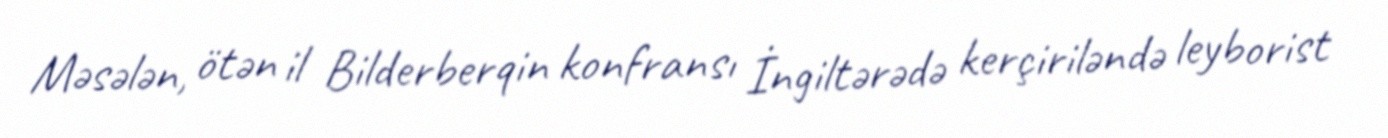
Məsələn, ötən il Bilderberqin konfransı İngiltərədə kerçiriləndə leyborist